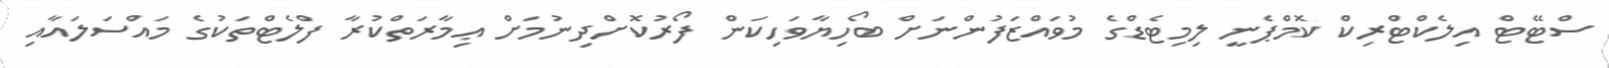
ސްޓޭޓް އިލެކްޓްރިކް ކޮމްޕެނީ ލިމިޓެޑްގެ މުވައްޒަފުންނަށް ބޯހިޔާވަހިކަން ފޯރުކޮށްދިނުމަށް ޢިމާރަތްކުރާ ފްލެޓްތަކުގެ މައްސަލައާއި